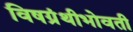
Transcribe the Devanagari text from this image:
विषग्रंथीभोवती